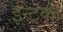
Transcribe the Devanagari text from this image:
ईन्टंकी